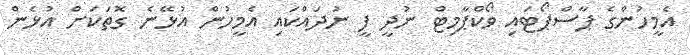
އެމީހުންގެ ޕާސްޕޯޓައި ވޯކްޕާމިޓް ނުދީ ފީ ނުދައްކައި އެމީހުން އުޅޭނެ ގޮތަކަށް އުޅެން